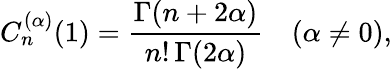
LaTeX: C_{n}^{(\alpha)}(1)={\frac{\Gamma(n+2\alpha)}{n!\, \Gamma(2\alpha)}}\quad(\alpha\neq 0),